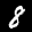
Label: 8